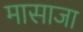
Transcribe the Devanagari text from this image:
मासाजा